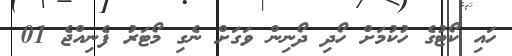
ހައި ކޯޓުގެ ހުކުމަށް ހޯދި ދޯނިން ވަގަށް ނެގި މޯޓަރު ފެނިއްޖެ 01